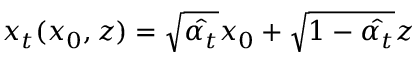
x _ { t } ( x _ { 0 } , z ) = \sqrt { \hat { \alpha _ { t } } } x _ { 0 } + \sqrt { 1 - \hat { \alpha _ { t } } } z